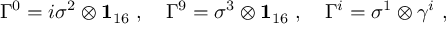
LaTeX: \Gamma ^ { 0 } = i \sigma ^ { 2 } \otimes { \bf 1 } _ { 1 6 } ~ , ~ ~ ~ \Gamma ^ { 9 } = \sigma ^ { 3 } \otimes { \bf 1 } _ { 1 6 } ~ , ~ ~ ~ \Gamma ^ { i } = \sigma ^ { 1 } \otimes \gamma ^ { i } ~ ,